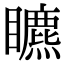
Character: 𥌜